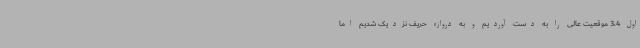
اول 3،4 موقعیت عالی را به دست آوردیم و به دروازه حریف نزدیک شدیم اما